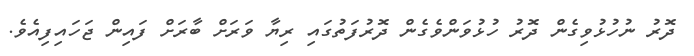
ދޮރު ނުހުޅުވިގެން ދޮރު ހުޅުވަންވެގެން ދޮރުފަތުގައި ރިޔާ ވަރަށް ބާރަށް ފައިން ޖަހައިފިއެވެ.